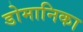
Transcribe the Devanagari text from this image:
डोमानिका